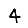
Digit: 4